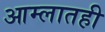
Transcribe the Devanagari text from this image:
आम्लातही